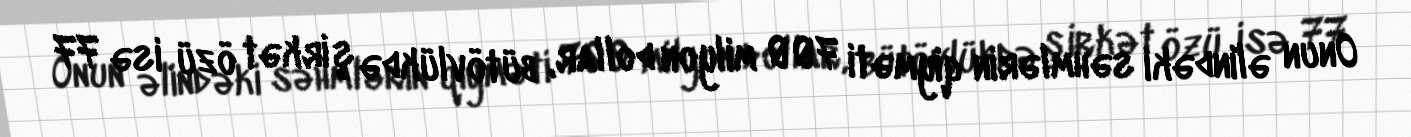
Onun əlindəki səhmlərin qiyməti 700 milyon dollar, bütövlükdə şirkət özü isə 77